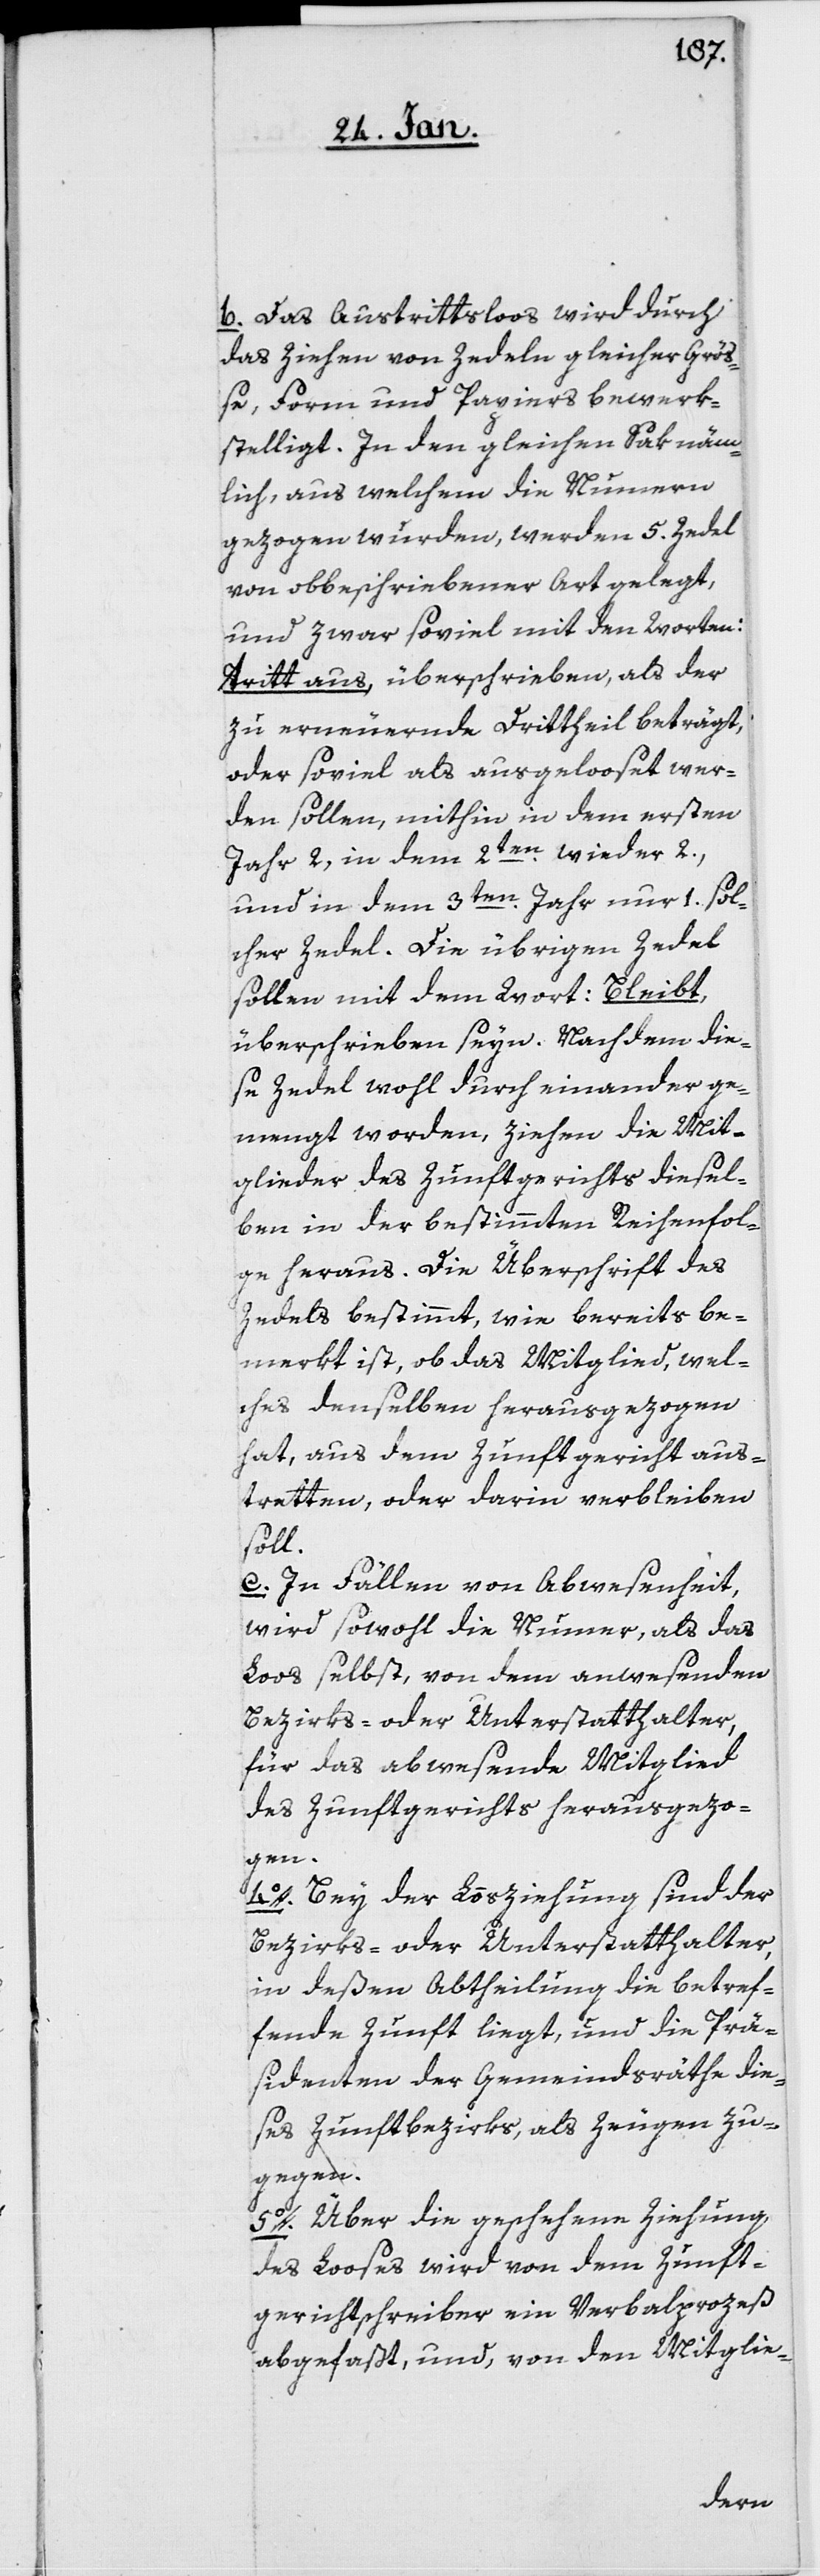
b. Das Austrittsloos wird durch
das Ziehen von Zedeln gleicher Grö¬
ße, Form und Papiers bewerk¬
stelligt. In den gleichen Sak näm¬
lich, aus welchem die Nummern
gezogen wurden, werden 5. Zedel
von obbeschriebener Art gelegt,
und zwar soviel mit den Worten:
tritt aus, überschrieben, als der
zu erneuernde Drittheil beträgt,
oder soviel als ausgelooset wer¬
den sollen, mithin in dem ersten
Jahr 2, in dem 2ten. wieder 2.,
und in dem 3ten. Jahr nur 1. sol¬
cher Zedel. Die übrigen Zedel
sollen mit dem Wort Bleibt,
überschrieben seyn. Nachdem die¬
se Zedel wohl durcheinander ge¬
mengt worden, ziehen die Mit¬
glieder des Zunftgerichts diesel¬
ben in der bestimmten Reihenfol¬
ge heraus. Die Überschrift des
Zedels bestimmt, wie bereits be¬
merkt ist, ob das Mitglied, wel¬
ches denselben herausgezogen
hat, aus dem Zunftgericht aus¬
tretten, oder darin verbleiben
soll.
c. In Fällen von Abwesenheit,
wird sowohl die Nummer, als das
Loos selbst, von dem anwesenden
Bezirks- oder Unterstatthalter,
für das abwesende Mitglied
des Zunftgerichts herausgezo¬
gen.
4o. Bey der Losziehung sind der
Bezirks- oder Unterstatthalter,
in deßen Abtheilung die betref¬
fende Zunft liegt, und die Prä¬
sidenten der Gemeindsräthe die¬
ses Zunftbezirks, als Zeugen zu¬
gegen.
5o. Über die geschehene Ziehung
des Looses wird von dem Zunft¬
gerichtschreiber ein Verbalprozeß
abgefaßt, und, von den Mitglie-